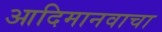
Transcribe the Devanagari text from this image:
आदिमानवाचा